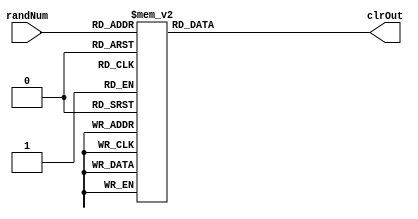
module colourMux (input [2:0] randNum, output reg [2:0] clrOut);

	always @(randNum)
		begin
			case (randNum[2:0])
				3'b000: clrOut = 3'b001; //blue
				3'b001: clrOut = 3'b010; //green		
				3'b010: clrOut = 3'b011; //aqua (blue/green)
				3'b011: clrOut = 3'b100; //red
				3'b100: clrOut = 3'b101; //magenta
				3'b101: clrOut = 3'b110; //yellow
				3'b110: clrOut = 3'b001; //blue 
				3'b111: clrOut = 3'b110; //yellow
				default:
					clrOut = 3'b101; //magenta
			endcase
		end
		
endmodule